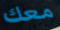
معك